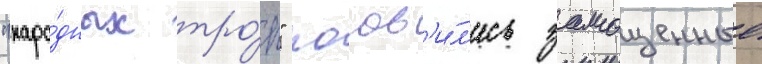
"наро́дных тро́п" поав'и́л'ись замощенные